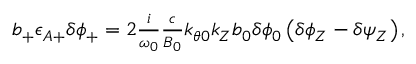
\begin{array} { r } { b _ { + } \epsilon _ { A + } \delta \phi _ { + } = 2 \frac { i } { \omega _ { 0 } } \frac { c } { B _ { 0 } } k _ { \theta 0 } k _ { Z } b _ { 0 } \delta \phi _ { 0 } \left( \delta \phi _ { Z } - \delta \psi _ { Z } \right) , } \end{array}